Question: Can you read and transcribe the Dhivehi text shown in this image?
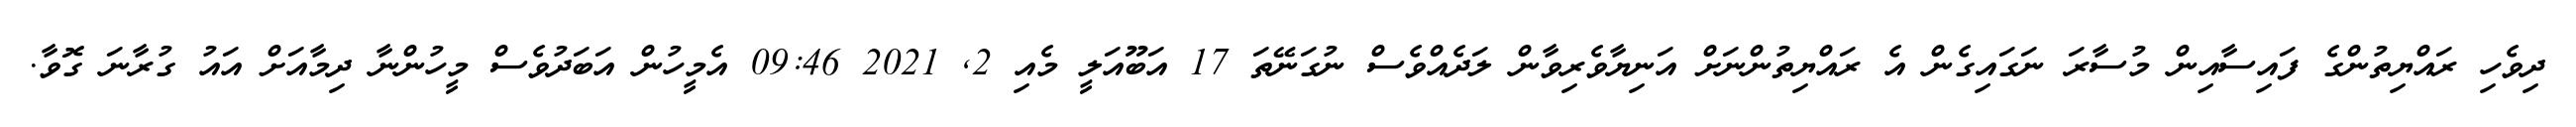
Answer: ދިވެހި ރައްޔިތުންގެ ފައިސާއިން މުސާރަ ނަގައިގެން އެ ރައްޔިތުންނަށް އަނިޔާވެރިވާން ލަދެއްވެސް ނުގަނޭތަ 17 އަބޫއަލީ މެއި 2, 2021 09:46 އެމީހުން އަބަދުވެސް މީހުންނާ ދިމާއަށް އައު ގުރާނަ ގޮވާ.